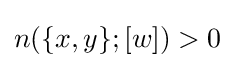
n(\{x,y\};[w])>0